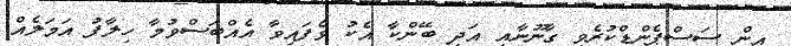
އިން ސަސްޕެންޑްކުރެވި ގާނޫނާއި އަދި ބޭންކާ އެކު ވެފައިވާ އެއްބަސްވުމާ ހިލާފު އަމަލެއް